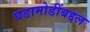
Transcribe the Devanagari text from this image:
घडामोडींबद्दल